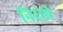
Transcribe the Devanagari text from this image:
निरोपे